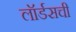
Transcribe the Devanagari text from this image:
लॉर्डसची